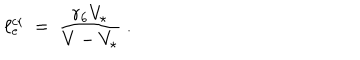
\ell _ { \mathrm { e } } ^ { \mathrm { c r } } \ = \ \frac { r _ { 6 } V _ { \star } } { V - V _ { \star } } \ .